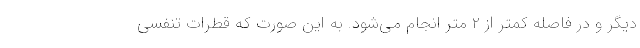
دیگر و در فاصله کمتر از ۲ متر انجام می‌شود. به این صورت که قطرات تنفسی